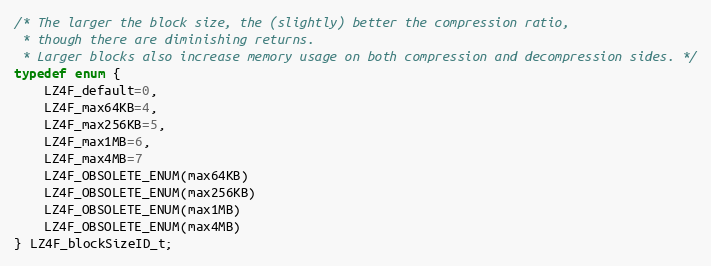
Language: C
/* The larger the block size, the (slightly) better the compression ratio,
 * though there are diminishing returns.
 * Larger blocks also increase memory usage on both compression and decompression sides. */
typedef enum {
    LZ4F_default=0,
    LZ4F_max64KB=4,
    LZ4F_max256KB=5,
    LZ4F_max1MB=6,
    LZ4F_max4MB=7
    LZ4F_OBSOLETE_ENUM(max64KB)
    LZ4F_OBSOLETE_ENUM(max256KB)
    LZ4F_OBSOLETE_ENUM(max1MB)
    LZ4F_OBSOLETE_ENUM(max4MB)
} LZ4F_blockSizeID_t;